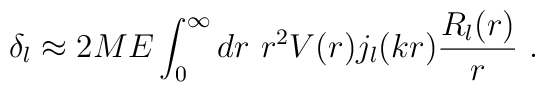
\delta_l \approx 2ME\int_{0}^{\infty} dr~r^2 V(r)j_l(kr)\frac{R_l(r)}{r}~.